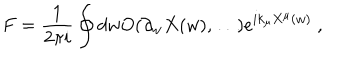
LaTeX: F = \frac { 1 } { 2 \pi i } \oint d w O ( \partial _ { w } X ( w ) , \dots ) e ^ { i k _ { \mu } X ^ { \mu } ( w ) } \ ,